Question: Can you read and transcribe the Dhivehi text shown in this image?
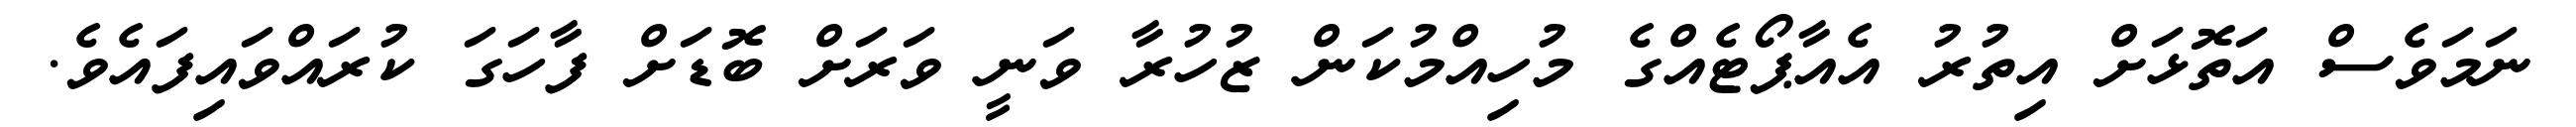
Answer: ނަމަވެސް އަތޮޅަށް އިތުރު އެއާޕޯޓެއްގެ މުހިއްމުކަން ޒުހުރާ ވަނީ ވަރަށް ބޮޑަށް ފާހަގަ ކުރައްވައިފައެވެ.